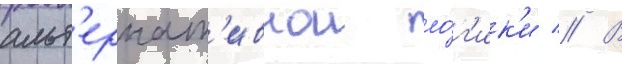
альт'ернат'ивнои ло́г'ик'и // В